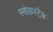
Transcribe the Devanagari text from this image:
स्मोकस्टैक